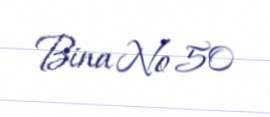
Bina № 50